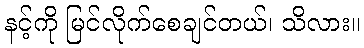
နင့်ကို မြင်လိုက်စေချင်တယ်၊ သိလား။